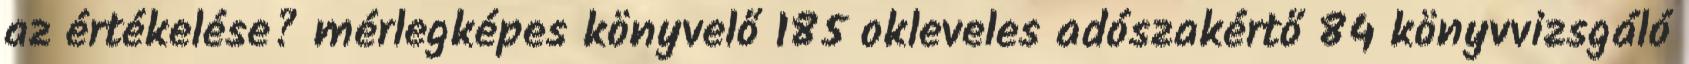
az értékelése? mérlegképes könyvelő 185 okleveles adószakértő 84 könyvvizsgáló